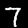
Digit: 7